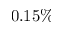
0 . 1 5 \%